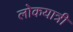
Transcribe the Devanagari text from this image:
लोकयात्री